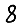
Digit: 8